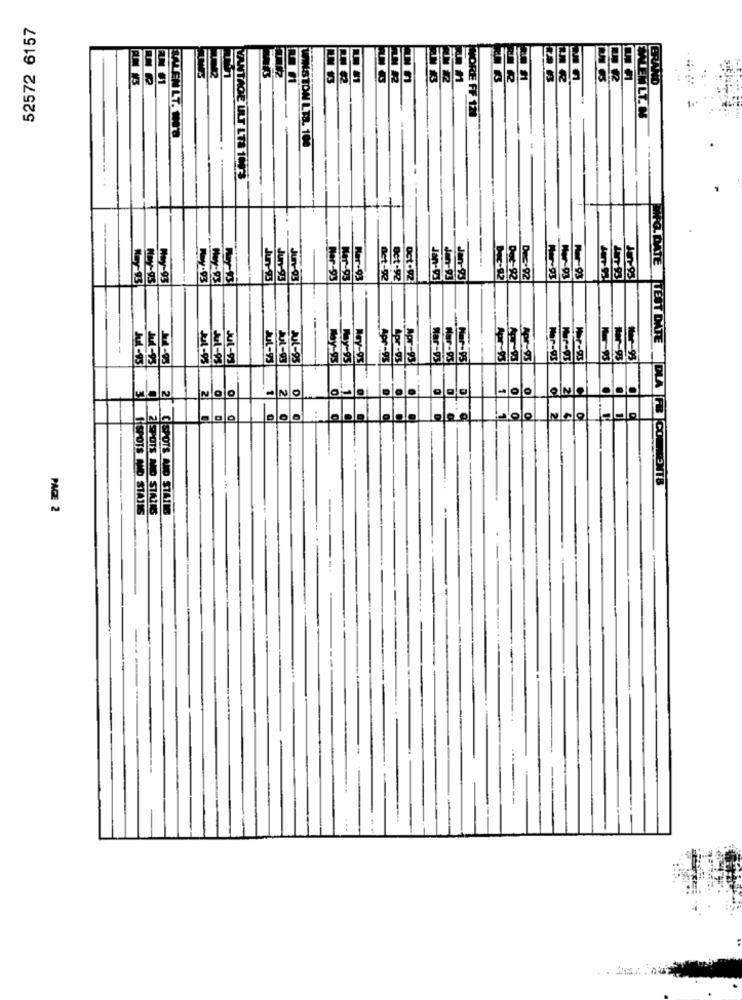
52572 6157
ENLT.
TADE ULT LTS 1C
Jun
FRE
un-9
May- 93
May-93
Ny-93
Apr
Apr-9
Apr-9
Jul-93
Jul-93
Jul-93
JUL-45
21-95
May-93
May-95
Apr-99
8-93
Apr-9
Mar-93
NOO
ONO
2
MFG. DATE TEST DATE DLA FR |COMMENTS
PAGE 2